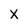
Character: x